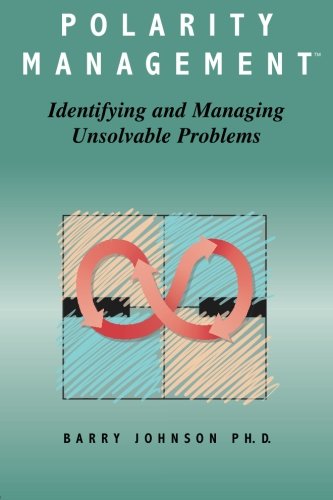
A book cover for Polarity Management: Identifying and Managing Unsolvable Problems; Barry Johnson; Business & Money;